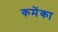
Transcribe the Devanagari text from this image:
कमेंका